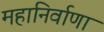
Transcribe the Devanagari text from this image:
महानिर्वाणा